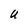
Character: U